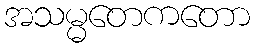
အသမ္မတေကတော